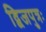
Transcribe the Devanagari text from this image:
द्विजपुत्रः